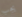
يجب